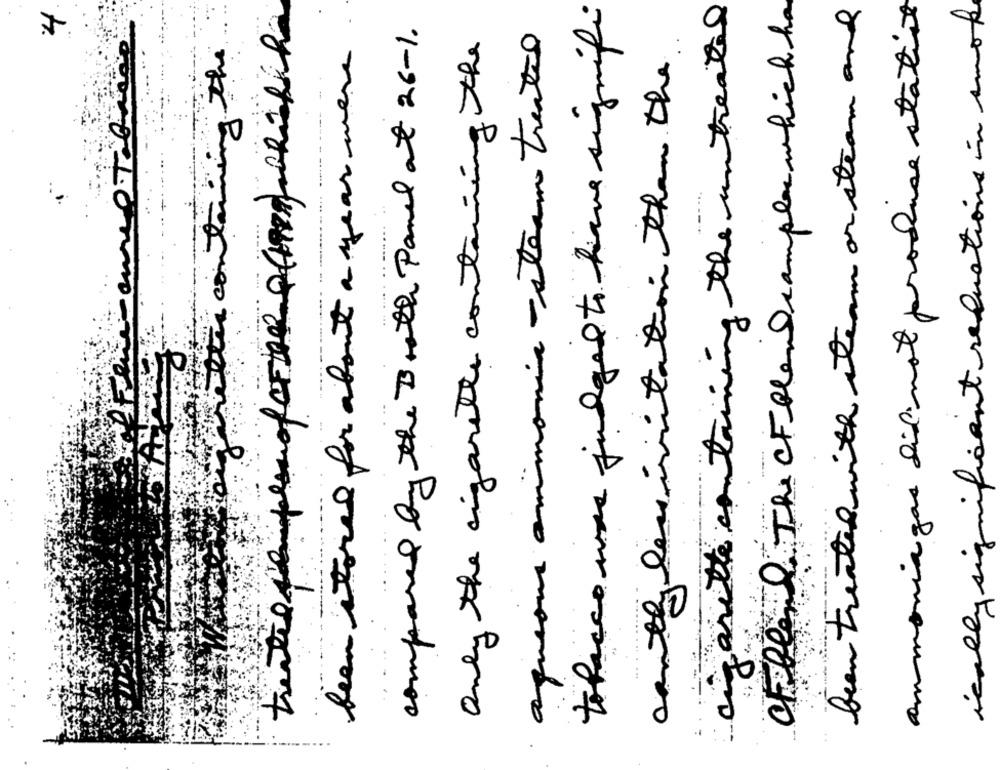
tobacco use judged to have signifi
anette containing the un treated
Cheblend The CFelandsamples which ha
been treated with steam on steam and
ammoniagas did not produce stative
ically significant requations in smoke
4
.
compared by the Booth Panel at 26-1.
aqueous ammonia - steam treated
Only the cigarette containing the
faretti containing the
been stored for about a year were
canty len imitation than the
---